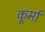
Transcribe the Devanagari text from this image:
कूर्मा